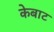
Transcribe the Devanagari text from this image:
केबाट